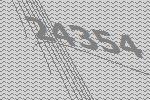
24354